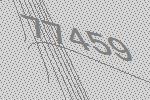
77459